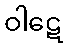
ဝါဋေ